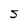
Character: S